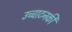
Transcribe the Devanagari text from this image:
उच्चाटनकी